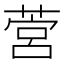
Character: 𦵡